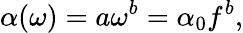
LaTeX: \alpha(\omega)=a\omega^{b}=\alpha_{0}f^{b},